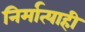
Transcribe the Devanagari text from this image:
निर्मात्याही